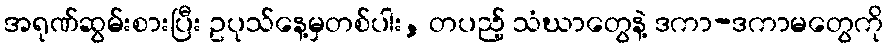
အရုဏ်ဆွမ်းစားပြီး ဥပုသ်နေ့မှတစ်ပါး, တပည့် သံဃာတွေနဲ့ ဒကာ-ဒကာမတွေကို